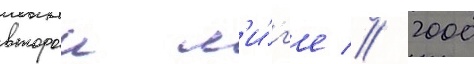
второи л'и́г'е // 2000